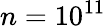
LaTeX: n=10^{11}